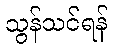
သွန်သင်ရန်